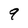
Character: 9